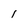
Character: 1